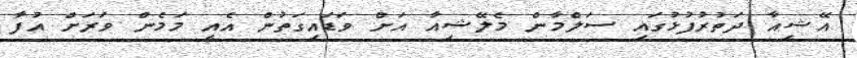
އޭޝިއާ ދަތުރުފުޅުގައި ސަލްމާން މެލޭޝިއާ އަށް ވަަޑައިގަތުން އެއީ މަމެން ވަރަށް އުފާ